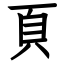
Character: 頁